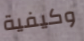
وكيفية